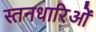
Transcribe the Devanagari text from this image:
स्तनधारिओं